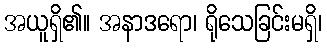
အယူရှိ၏။ အနာဒရော၊ ရိုသေခြင်းမရှိ၊